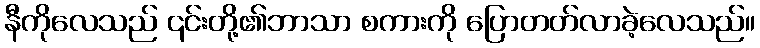
နီကိုလေသည် ၎င်းတို့၏ဘာသာ စကားကို ပြောတတ်လာခဲ့လေသည်။